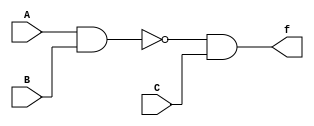
module supply_wire(A, B, C, f);
    input A, B, C;
    output f;

    supply0 gnd;
    supply1 vdd;

    wire t1, t2;

    nand G1 (t1, vdd, A, B);
    xor G2 (t2, C, gnd);
    and G3 (f, t1, t2);
    
endmodule